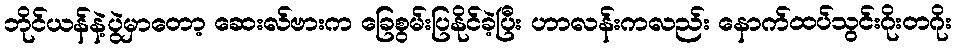
ဘိုင်ယန်နဲ့ပွဲမှာတော့ ဆေးလ်ဗားက ခြေစွမ်းပြနိုင်ခဲ့ပြီး ဟာလန်းကလည်း နောက်ထပ်သွင်းဂိုးတဂိုး